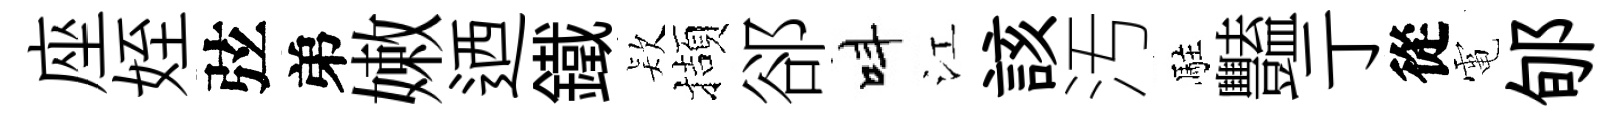
座姪弦弟嫩迺鐵𣣇擷郤呌江該汚駐豔亍從電郇